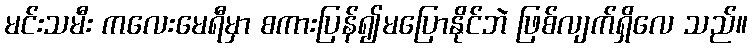
မင်းသမီး ကလေးမေရီမှာ စကားပြန်၍မပြောနိုင်ဘဲ ဖြစ်လျက်ရှိလေ သည်။